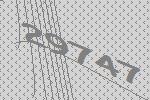
29747